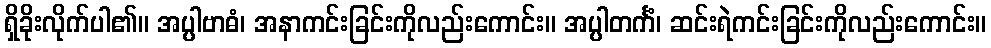
ရှိခိုးလိုက်ပါ၏။ အပ္ပါဗာဓံ၊ အနာကင်းခြင်းကိုလည်းကောင်း။ အပ္ပါတင်္ကံ၊ ဆင်းရဲကင်းခြင်းကိုလည်းကောင်း။